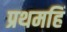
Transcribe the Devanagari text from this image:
प्रथमहिं